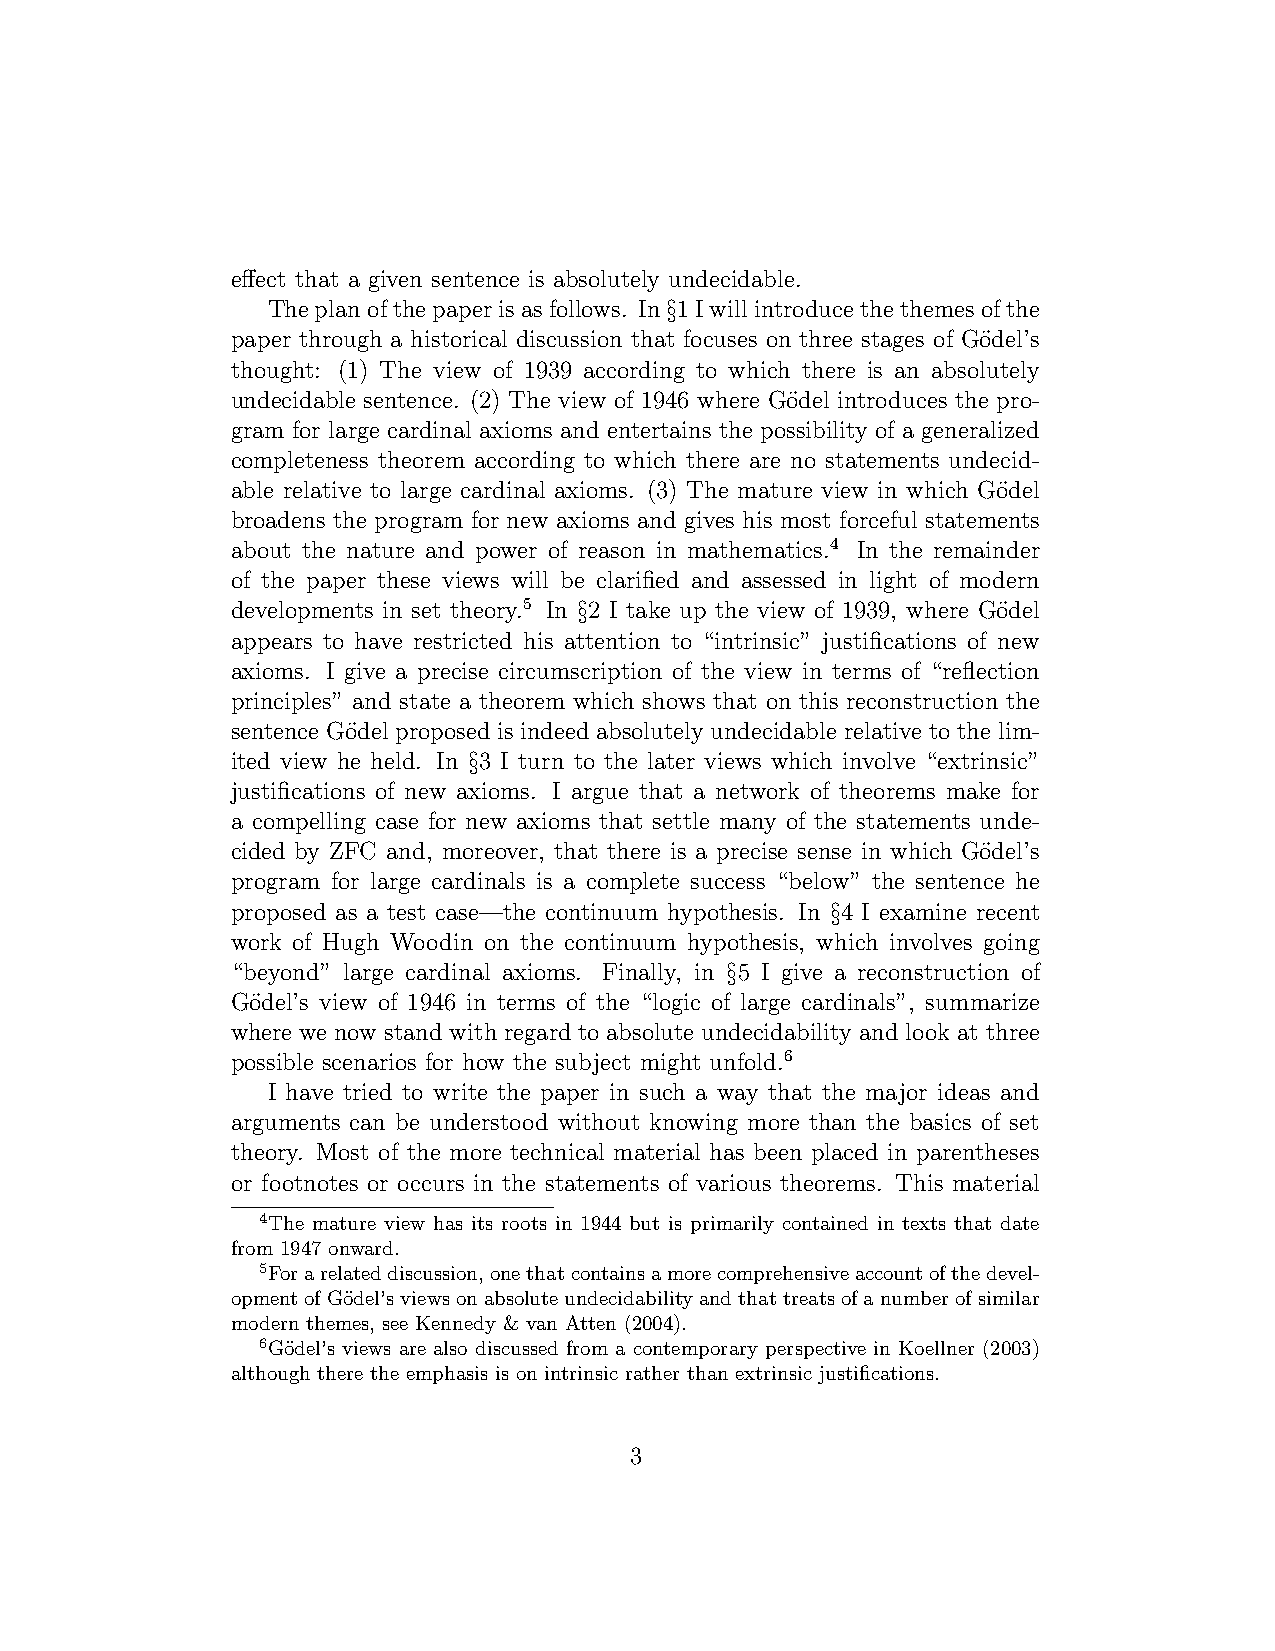
effect that a given sentence is absolutely undecidable.
 Theplanofthepaperisasfollows. In§1Iwillintroducethethemesofthe
 paper through a historical discussion that focuses on three stages of G¨odel’s
 thought: (1) The view of 1939 according to which there is an absolutely
 undecidable sentence. (2) The view of 1946 where G¨odel introduces the pro-
 gram for large cardinal axioms and entertains the possibility of a generalized
 completeness theorem according to which there are no statements undecid-
 able relative to large cardinal axioms. (3) The mature view in which G¨odel
 broadens the program for new axioms and gives his most forceful statements
 about the nature and power of reason in mathematics.4 In the remainder
 of the paper these views will be clarified and assessed in light of modern
 developments in set theory.5 In §2 I take up the view of 1939, where Go¨del
 appears to have restricted his attention to “intrinsic” justifications of new
 axioms. I give a precise circumscription of the view in terms of “reflection
 principles” and state a theorem which shows that on this reconstruction the
 sentence Go¨del proposed is indeed absolutely undecidable relative to the lim-
 ited view he held. In §3 I turn to the later views which involve “extrinsic”
 justifications of new axioms. I argue that a network of theorems make for
 a compelling case for new axioms that settle many of the statements unde-
 cided by ZFC and, moreover, that there is a precise sense in which Go¨del’s
 program for large cardinals is a complete success “below” the sentence he
 proposed as a test case—the continuum hypothesis. In §4 I examine recent
 work of Hugh Woodin on the continuum hypothesis, which involves going
 “beyond” large cardinal axioms. Finally, in §5 I give a reconstruction of
 Go¨del’s view of 1946 in terms of the “logic of large cardinals”, summarize
 where we now stand with regard to absolute undecidability and look at three
 possible scenarios for how the subject might unfold.6
 I have tried to write the paper in such a way that the major ideas and
 arguments can be understood without knowing more than the basics of set
 theory. Most of the more technical material has been placed in parentheses
 or footnotes or occurs in the statements of various theorems. This material
 4The mature view has its roots in 1944 but is primarily contained in texts that date
 from 1947 onward.
 5Forarelateddiscussion,onethatcontainsamorecomprehensiveaccountofthedevel-
 opmentofG¨odel’sviewsonabsoluteundecidabilityandthattreatsofanumberofsimilar
 modern themes, see Kennedy & van Atten (2004).
 6G¨odel’s views are also discussed from a contemporary perspective in Koellner (2003)
 although there the emphasis is on intrinsic rather than extrinsic justifications.
 3